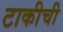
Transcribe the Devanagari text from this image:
टाकीची